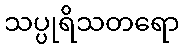
သပ္ပုရိသတရော